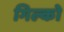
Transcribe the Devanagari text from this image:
गिल्को